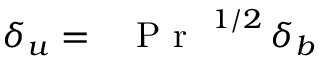
\delta _ { u } = \mathrm { ~ \textit ~ { ~ P ~ r ~ } ~ } ^ { 1 / 2 } \, \delta _ { b }